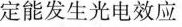
定能发生光电效应